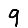
Digit: 9